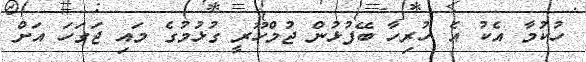
ހުކުމާ އެކު އެ ހުރިހާ ބޭފުޅުން ޖުމްހޫރީ ގުޅުމުގެ މައި ޖަގަހަ އަށް